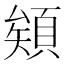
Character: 𩓎